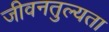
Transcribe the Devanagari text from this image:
जीवनतुल्यता